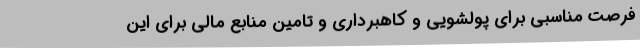
فرصت مناسبی برای پولشویی و کاهبرداری و تامین منابع مالی برای این